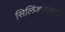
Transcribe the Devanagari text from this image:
सिलिंडराऐवजी